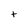
Character: t